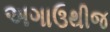
અગાઉથીજ